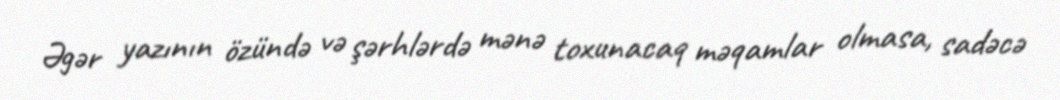
Əgər yazının özündə və şərhlərdə mənə toxunacaq məqamlar olmasa, sadəcə